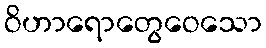
ဝိဟာရောတွေဝေသော